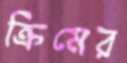
ক্রিমের